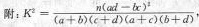
附：$$K ^ { 2 } = \frac { n ( a d - b c ) ^ { 2 } } { ( a + b ) ( c + d ) ( a + c ) ( b + d ) }$$ ，